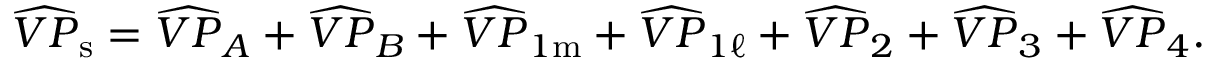
\widehat { V P } _ { \mathrm { s } } = \widehat { V P } _ { A } + \widehat { V P } _ { B } + \widehat { V P } _ { 1 \mathrm { m } } + \widehat { V P } _ { 1 \ell } + \widehat { V P } _ { 2 } + \widehat { V P } _ { 3 } + \widehat { V P } _ { 4 } .